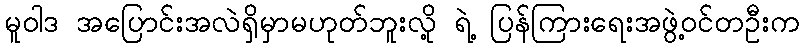
မူဝါဒ အပြောင်းအလဲရှိမှာမဟုတ်ဘူးလို့ ရဲ့ ပြန်ကြားရေးအဖွဲ့ဝင်တဦးက